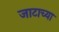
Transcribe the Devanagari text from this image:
जाटाच्या